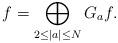
LaTeX: \begin{align*}f=\bigoplus_{2\le |a|\le N}G_af.\end{align*}